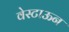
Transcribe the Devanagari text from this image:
वेस्टाऊन